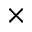
\times